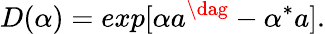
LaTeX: D(\alpha)=exp[\alpha a^{\dag}-\alpha^{*}a].